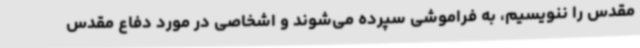
مقدس را ننویسیم، به فراموشی سپرده می‌شوند و اشخاصی در مورد دفاع مقدس